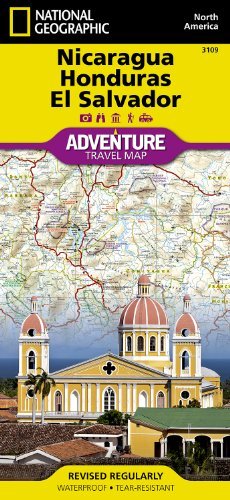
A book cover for By National Geographic Maps - Adventure Nicaragua, Honduras, and El Salvador (National Geographic Adventure Map) (2011) [Map]; Travel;